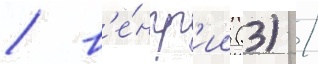
/ в'е́нгр'ии (3) /